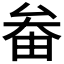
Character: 𡘞